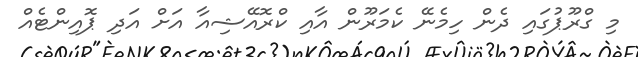
މި ގްރޫޕުގައި ދެން ހިމެނޭ ކެމަރޫން އާއި ކްރޮއޭޝިއާ އަށް އަދި ޕޮއިންޓެއް